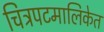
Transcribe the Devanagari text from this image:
चित्रपटमालिकेत